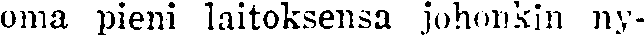
oma pieni laitoksensa johonkin ny-